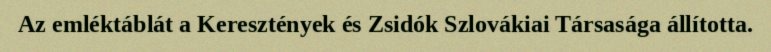
Az emléktáblát a Keresztények és Zsidók Szlovákiai Társasága állította.